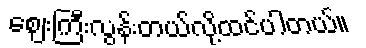
ဈေးကြီးလွန်းတယ်လို့ထင်ပါတယ်။